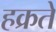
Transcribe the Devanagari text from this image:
हक्रते